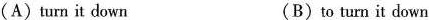
(A)turn it down (B)to turn it down